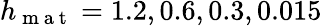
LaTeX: h_{\mathrm{~m~a~t~}}=1.2,0.6,0.3,0.015